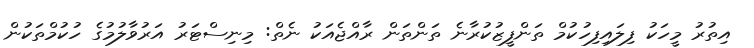
އިތުރު މީހަކު ފިލައިފިހުކުމް ތަންފީޒުކުރާނެ ތަންތަން ރާއްޖެއަކު ނެތް: މިނިސްޓަރު އަރުވާލުމުގެ ހުކުމްތަކުން